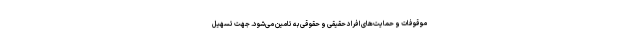
موقوفات و حمایت‌های افراد حقیقی و حقوقی به تامین می‌شود. جهت تسهیل